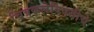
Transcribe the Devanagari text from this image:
चित्रकलेविषयीचे